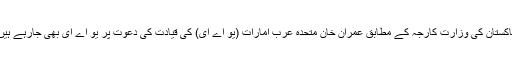
پاکستان کی وزارت کارجہ کے مطابق عمران خان متحدہ عرب امارات (یو اے ای) کی قیادت کی دعوت پر یو اے ای بھی جارہے ہیں۔